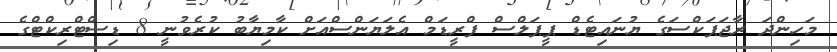
މަހިންދަ ރާޖަޕަކްސަގެ ޔުނައިޓެޑް ޕީޕަލްސް ފްރީޑަމް އެލަޔަންސްއަށް ކާމިޔާބު ކުރެވުނީ 8 ޑިސްޓްރިކްޓްގެ